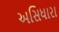
અસિધારા